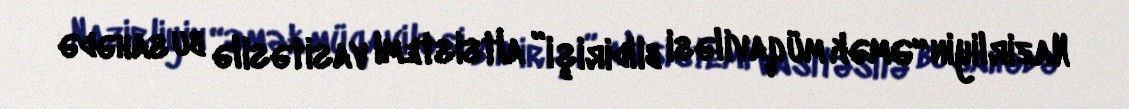
Nazirliyin “Əmək müqaviləsi bildirişi” altsistemi vasitəsilə bu sahədə